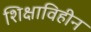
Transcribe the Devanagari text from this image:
शिक्षाविहीन